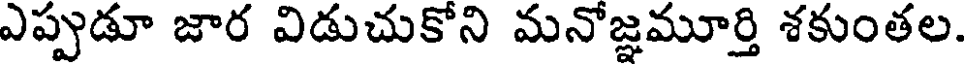
ఎప్పుడూ జార విడుచుకోని మనోజ్ఞమూర్తి శకుంతల.